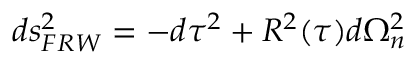
d s _ { F R W } ^ { 2 } = - d \tau ^ { 2 } + { \cal R } ^ { 2 } ( \tau ) d \Omega _ { n } ^ { 2 }